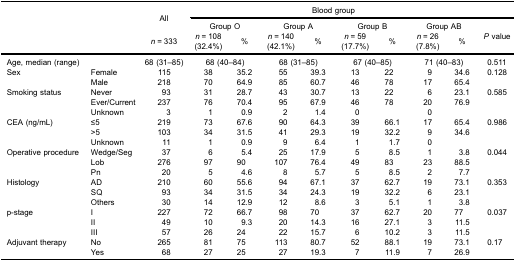
<table><thead><tr><td rowspan="2"><b> </b></td><td rowspan="2"><b> </b></td><td rowspan="3"><b>All</b></td><td colspan="8"><b>Blood group</b></td><td><b> </b></td></tr><tr><td><b> </b></td><td><b> </b></td><td colspan="2"><b>Group O</b></td><td colspan="2"><b>Group A</b></td><td colspan="2"><b>Group B</b></td><td colspan="2"><b>Group AB</b></td><td rowspan="2"><b><i>P</i> value</b></td></tr><tr><td><b> </b></td><td><b> </b></td><td><b><i>n</i> = 333</b></td><td><b><i>n</i> = 108(32.4%)</b></td><td><b>%</b></td><td><b><i>n</i> = 140(42.1%)</b></td><td><b>%</b></td><td><b><i>n</i> = 59(17.7%)</b></td><td><b>%</b></td><td><b><i>n</i> = 26(7.8%)</b></td><td><b>%</b></td></tr></thead><tbody><tr><td>Age, median (range)</td><td> </td><td>68 (31–85)</td><td colspan="2">68 (40–84)</td><td colspan="2">68 (31–85)</td><td colspan="2">67 (40–85)</td><td colspan="2">71 (40–83)</td><td>0.511</td></tr><tr><td>Sex</td><td>Female</td><td>115</td><td>38</td><td>35.2</td><td>55</td><td>39.3</td><td>13</td><td>22</td><td>9</td><td>34.6</td><td>0.128</td></tr><tr><td> </td><td>Male</td><td>218</td><td>70</td><td>64.9</td><td>85</td><td>60.7</td><td>46</td><td>78</td><td>17</td><td>65.4</td><td> </td></tr><tr><td>Smoking status</td><td>Never</td><td>93</td><td>31</td><td>28.7</td><td>43</td><td>30.7</td><td>13</td><td>22</td><td>6</td><td>23.1</td><td>0.585</td></tr><tr><td> </td><td>Ever/Current</td><td>237</td><td>76</td><td>70.4</td><td>95</td><td>67.9</td><td>46</td><td>78</td><td>20</td><td>76.9</td><td> </td></tr><tr><td> </td><td>Unknown</td><td>3</td><td>1</td><td>0.9</td><td>2</td><td>1.4</td><td>0</td><td> </td><td>0</td><td> </td><td> </td></tr><tr><td>CEA (ng/mL)</td><td>≤5</td><td>219</td><td>73</td><td>67.6</td><td>90</td><td>64.3</td><td>39</td><td>66.1</td><td>17</td><td>65.4</td><td>0.986</td></tr><tr><td> </td><td>&gt;5</td><td>103</td><td>34</td><td>31.5</td><td>41</td><td>29.3</td><td>19</td><td>32.2</td><td>9</td><td>34.6</td><td> </td></tr><tr><td> </td><td>Unknown</td><td>11</td><td>1</td><td>0.9</td><td>9</td><td>6.4</td><td>1</td><td>1.7</td><td>0</td><td> </td><td> </td></tr><tr><td>Operative procedure</td><td>Wedge/Seg</td><td>37</td><td>6</td><td>5.4</td><td>25</td><td>17.9</td><td>5</td><td>8.5</td><td>1</td><td>3.8</td><td>0.044</td></tr><tr><td> </td><td>Lob</td><td>276</td><td>97</td><td>90</td><td>107</td><td>76.4</td><td>49</td><td>83</td><td>23</td><td>88.5</td><td> </td></tr><tr><td> </td><td>Pn</td><td>20</td><td>5</td><td>4.6</td><td>8</td><td>5.7</td><td>5</td><td>8.5</td><td>2</td><td>7.7</td><td> </td></tr><tr><td>Histology</td><td>AD</td><td>210</td><td>60</td><td>55.6</td><td>94</td><td>67.1</td><td>37</td><td>62.7</td><td>19</td><td>73.1</td><td>0.353</td></tr><tr><td> </td><td>SQ</td><td>93</td><td>34</td><td>31.5</td><td>34</td><td>24.3</td><td>19</td><td>32.2</td><td>6</td><td>23.1</td><td> </td></tr><tr><td> </td><td>Others</td><td>30</td><td>14</td><td>12.9</td><td>12</td><td>8.6</td><td>3</td><td>5.1</td><td>1</td><td>3.8</td><td> </td></tr><tr><td>p-stage</td><td>I</td><td>227</td><td>72</td><td>66.7</td><td>98</td><td>70</td><td>37</td><td>62.7</td><td>20</td><td>77</td><td>0.037</td></tr><tr><td> </td><td>II</td><td>49</td><td>10</td><td>9.3</td><td>20</td><td>14.3</td><td>16</td><td>27.1</td><td>3</td><td>11.5</td><td> </td></tr><tr><td> </td><td>III</td><td>57</td><td>26</td><td>24</td><td>22</td><td>15.7</td><td>6</td><td>10.2</td><td>3</td><td>11.5</td><td> </td></tr><tr><td>Adjuvant therapy</td><td>No</td><td>265</td><td>81</td><td>75</td><td>113</td><td>80.7</td><td>52</td><td>88.1</td><td>19</td><td>73.1</td><td>0.17</td></tr><tr><td> </td><td>Yes</td><td>68</td><td>27</td><td>25</td><td>27</td><td>19.3</td><td>7</td><td>11.9</td><td>7</td><td>26.9</td><td> </td></tr></tbody></table>